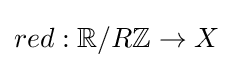
red:\mathbb {R} /R\mathbb {Z} \to X